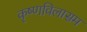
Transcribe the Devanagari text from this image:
कृष्णविलासम